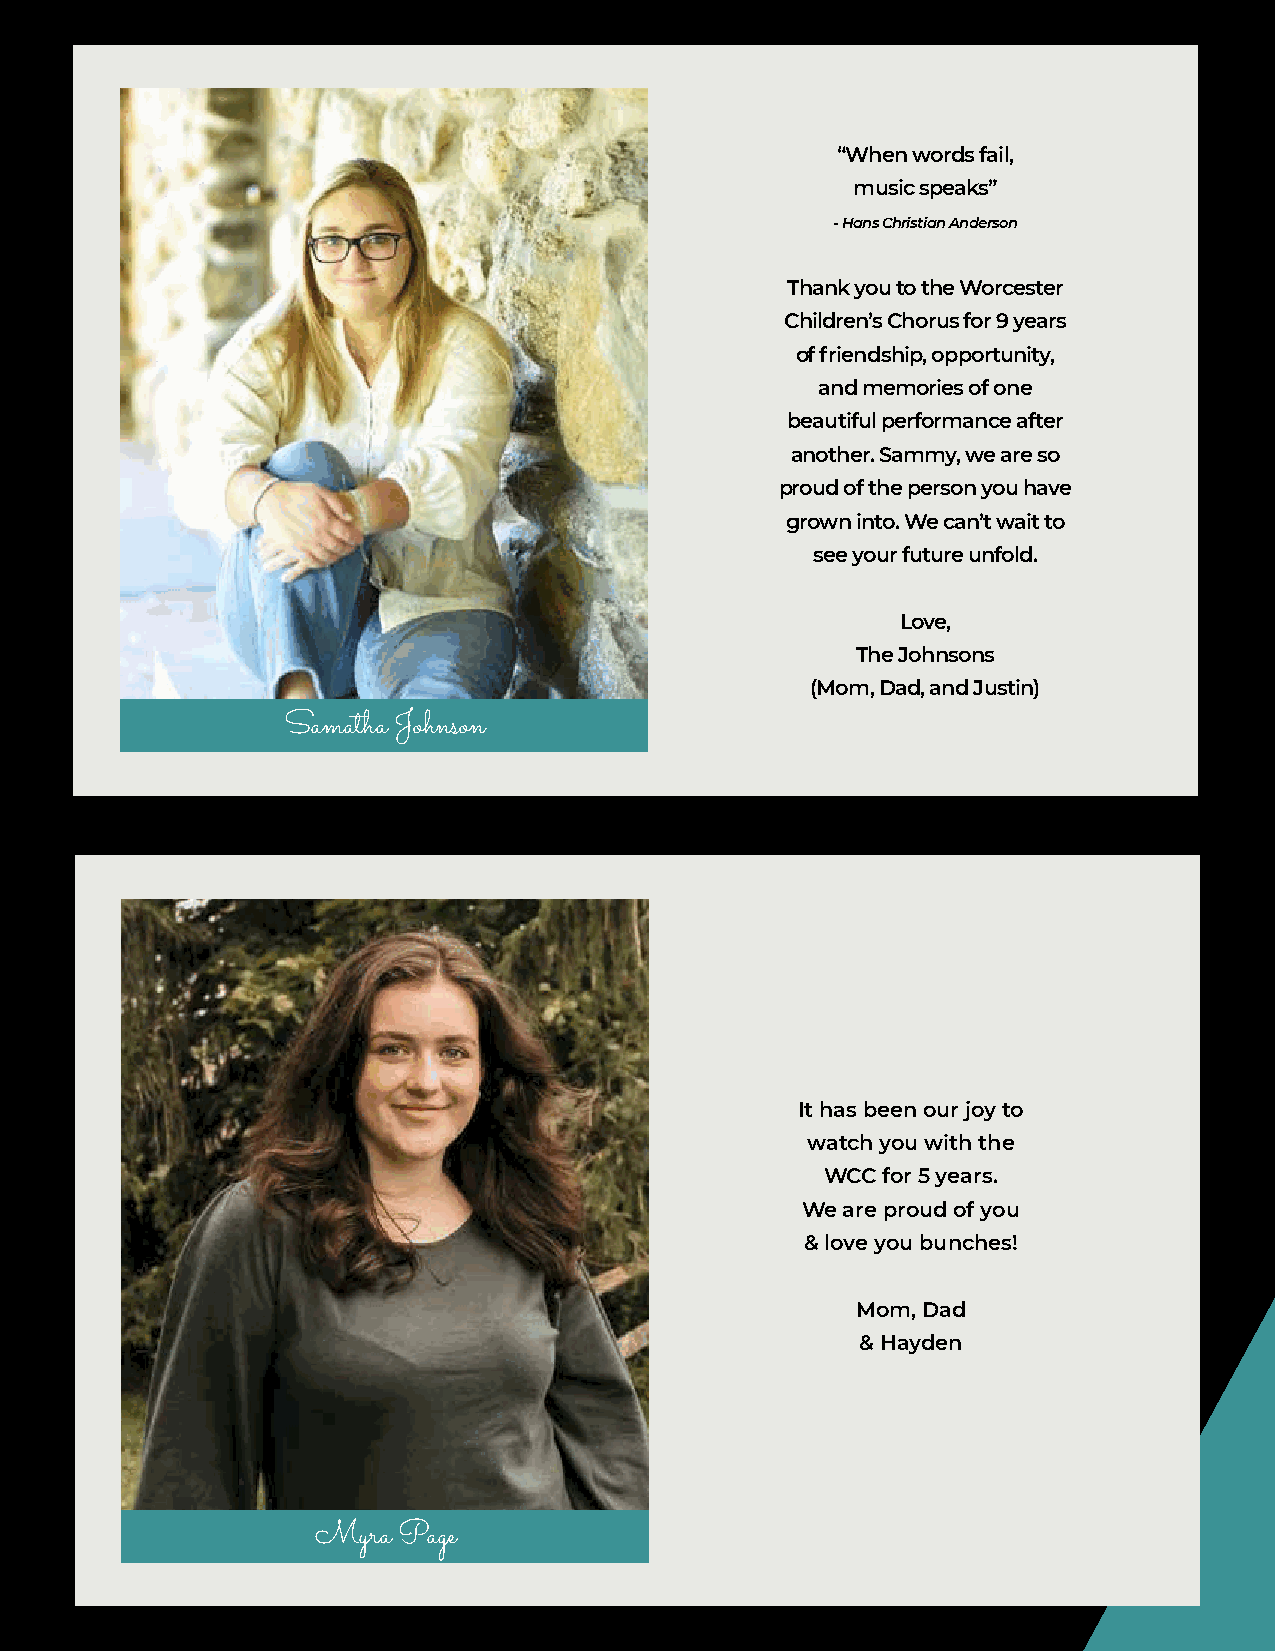
“When words fail,
 music speaks”
 - Hans Christian Anderson
 Thank you to the Worcester
 Children’s Chorus for 9 years
 of friendship, opportunity,
 and memories of one
 beautiful performance after
 another. Sammy, we are so
 proud of the person you have
 grown into. We can’t wait to
 see your future unfold.
 Love,
 The Johnsons
 (Mom, Dad, and Justin)
 Samatha Johnson
 It has been our joy to
 watch you with the
 WCC for 5 years.
 We are proud of you
 & love you bunches!
 Mom, Dad
 & Hayden
 Myra Page